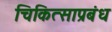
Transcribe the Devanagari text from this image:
चिकित्साप्रबंध